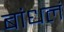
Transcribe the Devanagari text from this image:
बांधलं